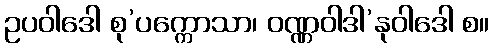
ဥပဝါဒေါ စု’ပက္ကောသာ၊ ဝဏ္ဏဝါဒါ’နုဝါဒေါ စ။